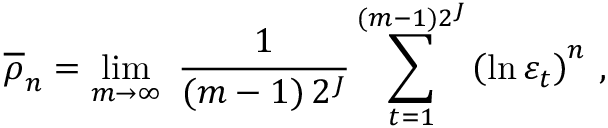
\overline { { { \rho } } } _ { n } = \operatorname * { l i m } _ { m \rightarrow \infty } \; { \frac { 1 } { ( m - 1 ) \, 2 ^ { J } } } \sum _ { t = 1 } ^ { ( m - 1 ) 2 ^ { J } } \left( \ln \varepsilon _ { t } \right) ^ { n } \, ,